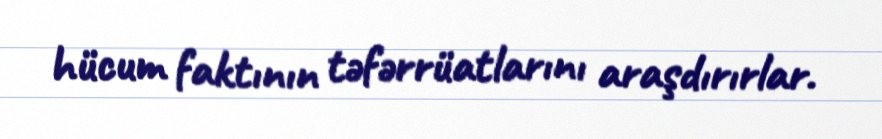
hücum faktının təfərrüatlarını araşdırırlar.